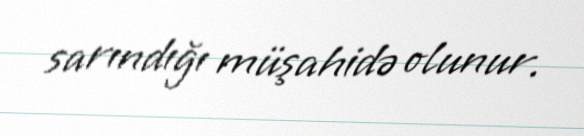
sarındığı müşahidə olunur.